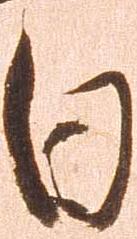
日